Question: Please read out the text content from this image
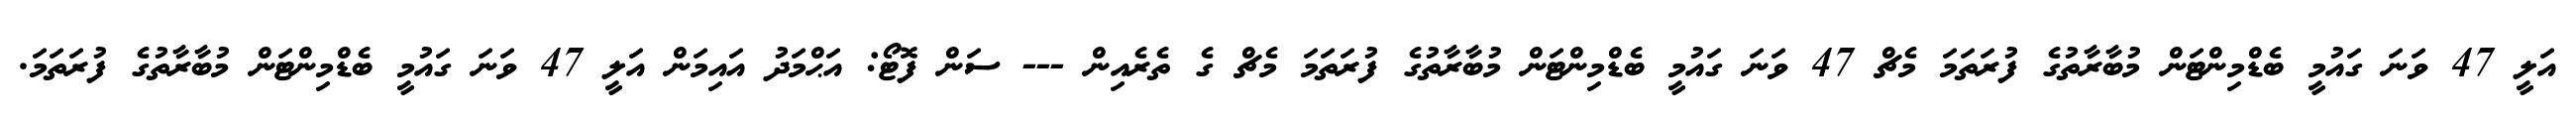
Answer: އަލީ 47 ވަނަ ގައުމީ ބެޑްމިންޓަން މުބާރާތުގެ ފުރަތަމަ މެޗް 47 ވަނަ ގައުމީ ބެޑްމިންޓަން މުބާރާތުގެ ފުރަތަމަ މެޗް ގެ ތެރެއިން --- ސަން ފޮޓޯ: އަޙްމަދު އައިމަން އަލީ 47 ވަނަ ގައުމީ ބެޑްމިންޓަން މުބާރާތުގެ ފުރަތަމަ.